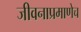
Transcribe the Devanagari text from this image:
जीवनाप्रमाणेच